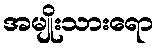
အမျိုးသားရော